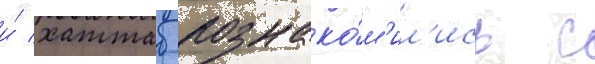
и́ хаттаб познако́м'ил'ись с